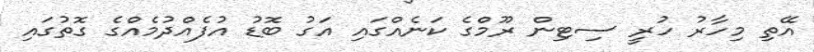
އޭތި މިހާރު ހުރީ ސިޓިން ރޫމްގެ ކަނެއްގައި އަގު ބޮޑު އުފެއްދުމެއްގެ ގޮތުގައި